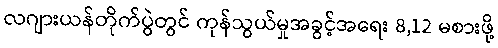
လဂျားယန်တိုက်ပွဲတွင် ကုန်သွယ်မှုအခွင့်အရေး 8,12 မစားဖို့